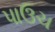
પાઉચ